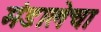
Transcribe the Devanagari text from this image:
मंडालेचा